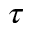
\tau